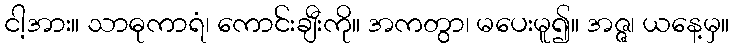
ငါ့အား။ သာဓုကာရံ၊ ကောင်းချီးကို။ အကတွာ၊ မပေးမူ၍။ အဇ္ဇ၊ ယနေ့မှ။